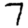
Digit: 7